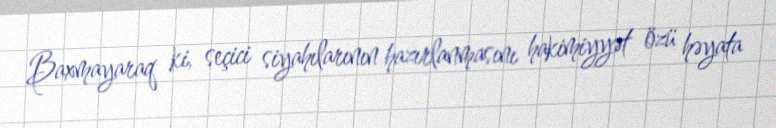
Baxmayaraq ki, seçici siyahılarının hazırlanmasını hakimiyyət özü həyata